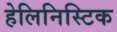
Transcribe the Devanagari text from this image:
हेलिनिस्टिक